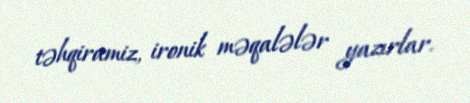
təhqiramiz, ironik məqalələr yazırlar.